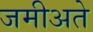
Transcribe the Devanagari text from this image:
जमीअते